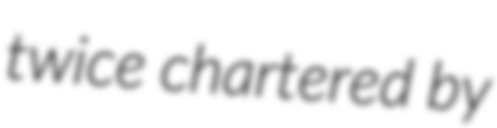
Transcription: twice chartered by